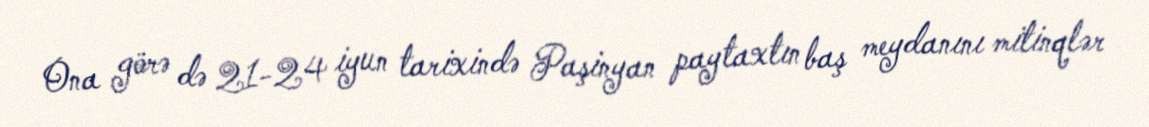
Ona görə də 21-24 iyun tarixində Paşinyan paytaxtın baş meydanını mitinqlər